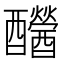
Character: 𨤂